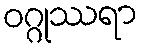
ဝဂ္ဂုဿရာ